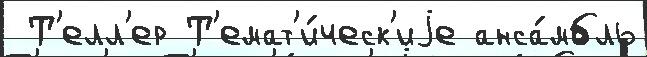
 Т'елл'ер Т'емат'и́ческ'иjе анса́мбль